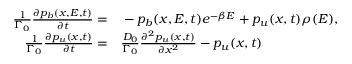
\begin{array} { r l } { \frac { 1 } { \Gamma _ { 0 } } \frac { \partial p _ { b } ( x , E , t ) } { \partial t } = } & { { } - p _ { b } ( x , E , t ) e ^ { - \beta E } + p _ { u } ( x , t ) \rho ( E ) , } \\ { \frac { 1 } { \Gamma _ { 0 } } \frac { \partial p _ { u } ( x , t ) } { \partial t } = } & { { } \frac { D _ { 0 } } { \Gamma _ { 0 } } \frac { \partial ^ { 2 } p _ { u } ( x , t ) } { \partial x ^ { 2 } } - p _ { u } ( x , t ) } \end{array}